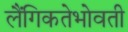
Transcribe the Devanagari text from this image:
लैंगिकतेभोवती